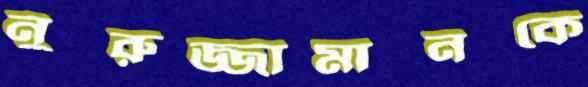
নুরুজ্জামানকে